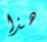
هذا